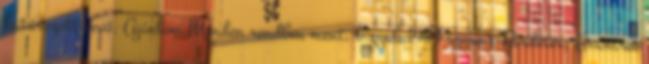
határozott vevő. Ajánlom Minden rendben ment. b.gyula1983 szerint:Hirdetés: Avantree